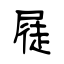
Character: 屣